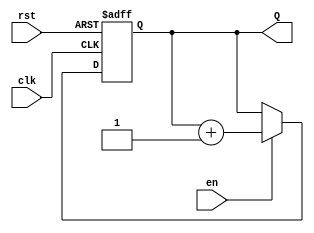
module binary_counter #(
    parameter N = 4  // Number of bits for the counter (default is 4 bits)
)(
    input wire clk,      // Clock input
    input wire rst,      // Asynchronous reset input
    input wire en,       // Enable input
    output reg [N-1:0] Q // n-bit output for the counter
);

// Always block triggered on the rising edge of the clock or reset
always @(posedge clk or posedge rst) begin
    if (rst) begin
        Q <= 0; // Reset the counter to 0
    end else if (en) begin
        Q <= Q + 1; // Increment the counter
    end
end

endmodule